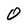
Character: 0